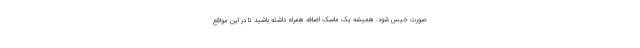
صورت خیس شود. همیشه یک ماسک اضافه همراه داشته باشید تا در این مواقع